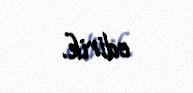
edirik.